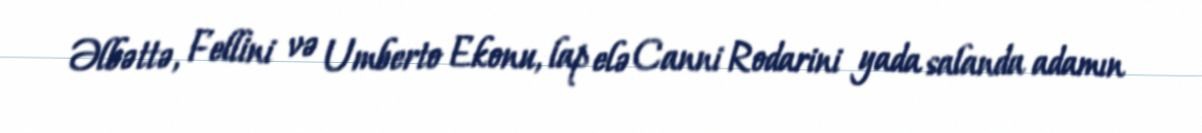
Əlbəttə, Fellini və Umberto Ekonu, lap elə Canni Rodarini yada salanda adamın